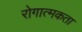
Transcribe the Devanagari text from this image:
रोगात्मकता